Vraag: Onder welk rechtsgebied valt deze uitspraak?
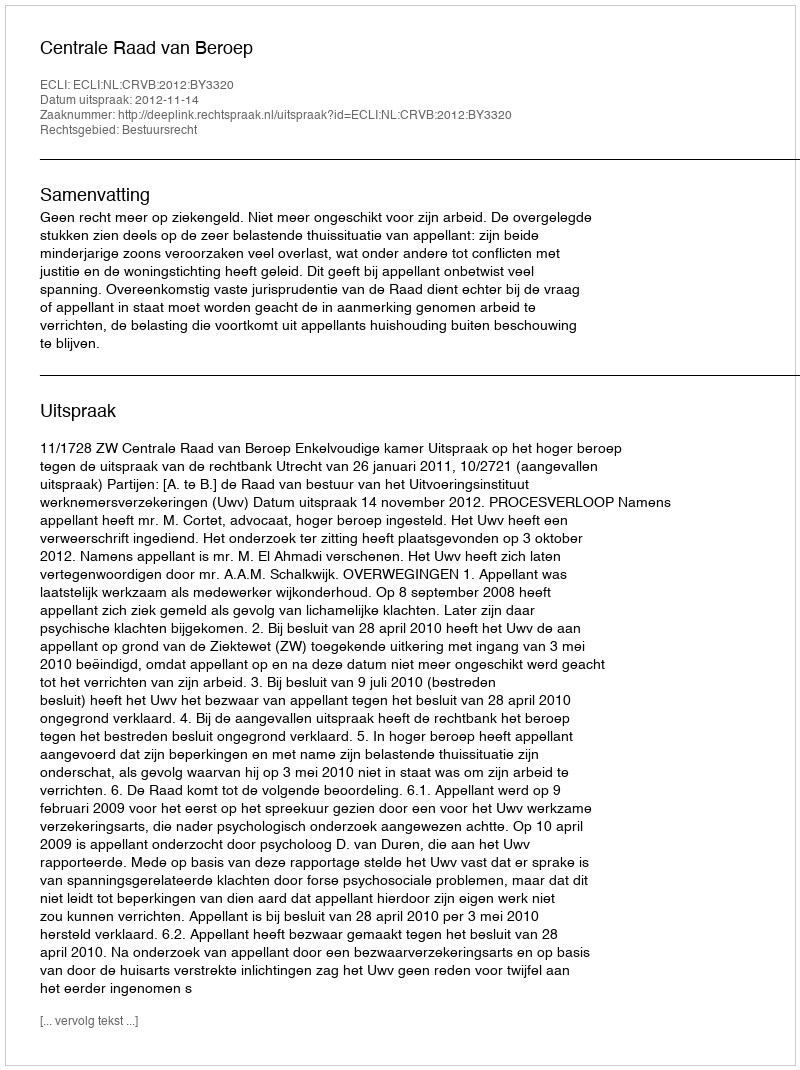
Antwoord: Bestuursrecht